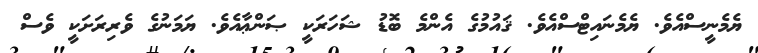
ޔެމެނީސްއެވެ. ޔެމެނައިޓްސްއެވެ. ޤައުމުގެ އެންމެ ބޮޑު ޝަހަރަކީ ޞަންޢާއެވެ. ޔަމަނުގެ ވެރިރަށަކީ ވެސް